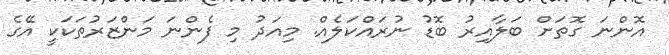
އޮންނަ ގޮތަށް ބަލާއިރު ބޮޑު ނުރައްކަލެއް. މިއަދު މި ފެންނަ މަންޒަރުތަކަކީ އޭގެ